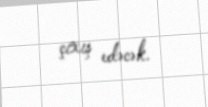
çıxış edəcək.